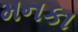
મનકા